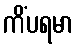
ကိံပရမာ